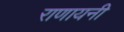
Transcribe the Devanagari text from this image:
राणायनी